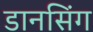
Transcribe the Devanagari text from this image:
डानसिंग